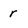
Character: r